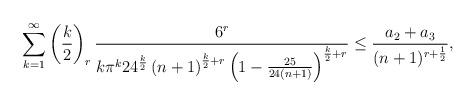
LaTeX: \begin{align*}\sum_{k=1}^{\infty}\left(\frac{k}{2}\right)_{r}\frac{6^{r}}{k\pi^{k}24^{\frac{k}{2}}\left(n+1\right)^{\frac{k}{2}+r}\left(1-\frac{25}{24(n+1)}\right)^{\frac{k}{2}+r}}\leq \frac{ a_{2}+a_{3}}{(n+1)^{r+\frac{1}{2}}},\end{align*}